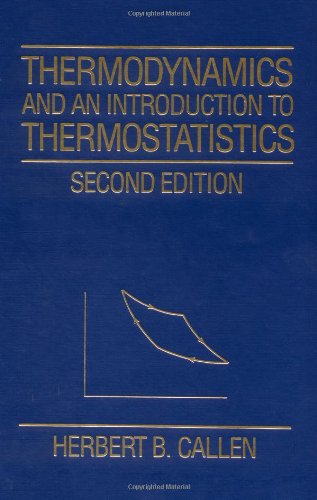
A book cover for Thermodynamics and an Introduction to Thermostatistics; Herbert B. Callen; Science & Math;